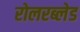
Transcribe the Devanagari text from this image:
रोलरब्लेड